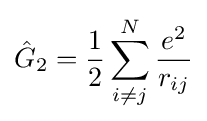
{\hat {G}}_{2}={\frac {1}{2}}\sum _{i\neq j}^{N}{\frac {e^{2}}{r_{ij}}}